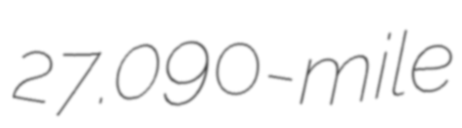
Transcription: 27.090-mile